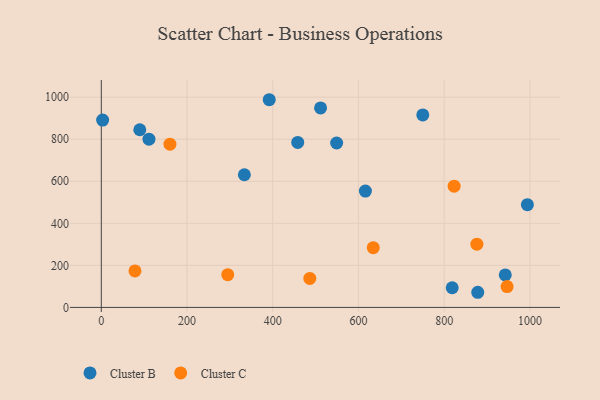
{"axis": {"x": "Experience", "y": "Demand"}, "legend": ["Cluster B", "Cluster C"], "data": [{"x": "549.1", "y": 782.1, "type": "Cluster B"}, {"x": "616.2", "y": 553.2, "type": "Cluster B"}, {"x": "511.6", "y": 948.7, "type": "Cluster B"}, {"x": "89.8", "y": 845.0, "type": "Cluster B"}, {"x": "818.7", "y": 93.5, "type": "Cluster B"}, {"x": "3.1", "y": 891.3, "type": "Cluster B"}, {"x": "994.1", "y": 488.5, "type": "Cluster B"}, {"x": "942.5", "y": 154.6, "type": "Cluster B"}, {"x": "111.2", "y": 800.4, "type": "Cluster B"}, {"x": "458.3", "y": 785.0, "type": "Cluster B"}, {"x": "391.8", "y": 987.9, "type": "Cluster B"}, {"x": "750.1", "y": 915.5, "type": "Cluster B"}, {"x": "333.8", "y": 631.1, "type": "Cluster B"}, {"x": "878.3", "y": 72.0, "type": "Cluster B"}, {"x": "295.0", "y": 155.9, "type": "Cluster C"}, {"x": "876.3", "y": 300.8, "type": "Cluster C"}, {"x": "486.5", "y": 137.9, "type": "Cluster C"}, {"x": "160.2", "y": 776.6, "type": "Cluster C"}, {"x": "946.8", "y": 99.3, "type": "Cluster C"}, {"x": "823.2", "y": 576.9, "type": "Cluster C"}, {"x": "634.5", "y": 284.3, "type": "Cluster C"}, {"x": "78.6", "y": 173.7, "type": "Cluster C"}]}